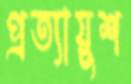
প্রত্যায়ুশ